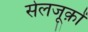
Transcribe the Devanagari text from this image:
सेलजूक़ों